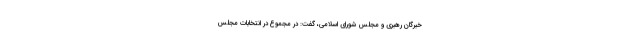
خبرگان رهبری و مجلس شورای اسلامی، گفت: در مجموع در انتخابات مجلس